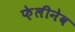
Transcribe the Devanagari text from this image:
फ़ेलीनेव